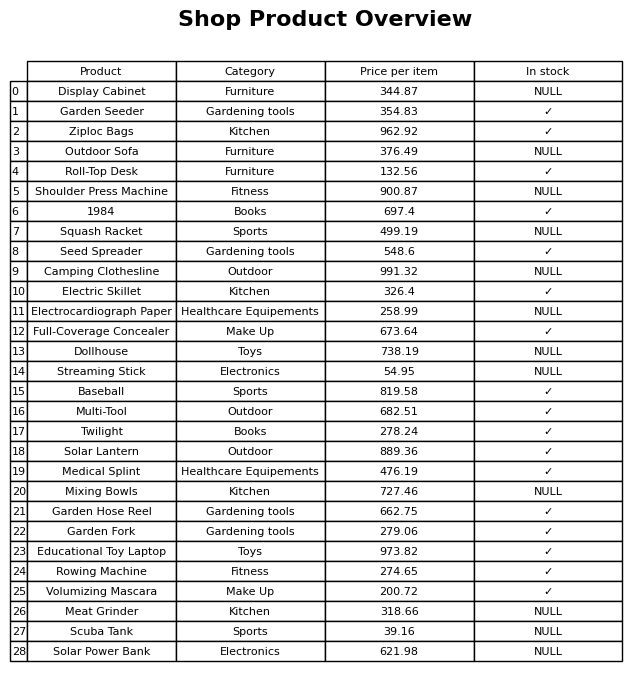
question: Is the Roll-Top Desk in stock?
answer: ✓